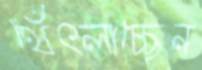
থেঁৎলাচ্ছেন